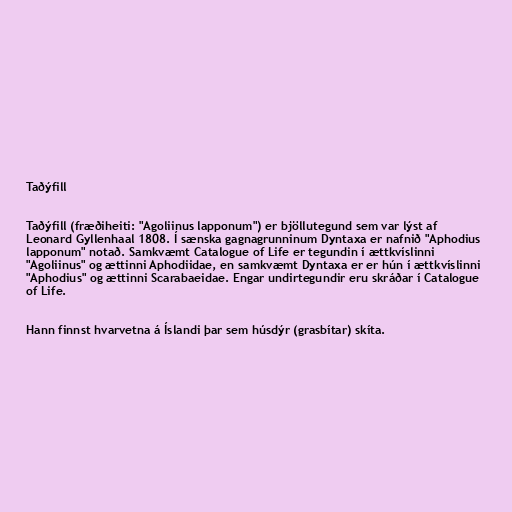
Taðýfill

Taðýfill (fræðiheiti: "Agoliinus lapponum") er bjöllutegund sem var lýst af
Leonard Gyllenhaal 1808. Í sænska gagnagrunninum Dyntaxa er nafnið "Aphodius
lapponum" notað. Samkvæmt Catalogue of Life er tegundin í ættkvíslinni
"Agoliinus" og ættinni Aphodiidae, en samkvæmt Dyntaxa er er hún í ættkvíslinni
"Aphodius" og ættinni Scarabaeidae. Engar undirtegundir eru skráðar í Catalogue
of Life.

Hann finnst hvarvetna á Íslandi þar sem húsdýr (grasbítar) skíta.